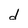
Character: d